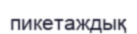
пикетаждық